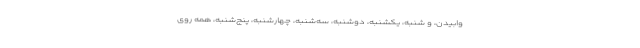
وابیدن، و شنبه، یکشنبه، دوشنبه، سه‌شنبه، چهارشنبه، پنج‌شنبه، همه روی